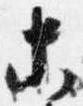
等